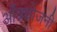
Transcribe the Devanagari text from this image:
आँत्रयोजनी